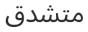
متشدق